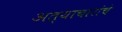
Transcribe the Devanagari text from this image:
अत्याचारांचे